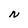
Character: N